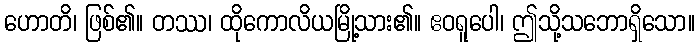
ဟောတိ၊ ဖြစ်၏။ တဿ၊ ထိုကောလိယမြို့သား၏။ ဧဝရူပေါ၊ ဤသို့သဘောရှိသော။